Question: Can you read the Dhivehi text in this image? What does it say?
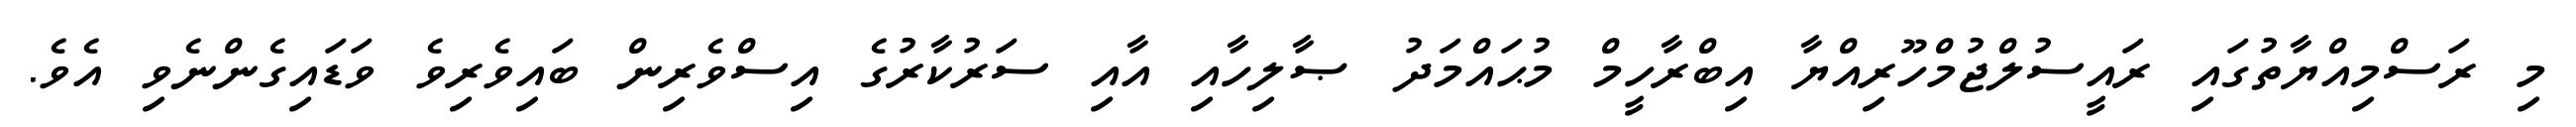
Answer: މި ރަސްމިއްޔާތުގައި ރައީސުލްޖުމްހޫރިއްޔާ އިބްރާހީމް މުޙައްމަދު ޞާލިހާއި އާއި ސަރުކާރުގެ އިސްވެރިން ބައިވެރިވެ ވަޑައިގެންނެވި އެވެ.